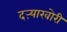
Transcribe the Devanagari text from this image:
दऱ्याखोरी